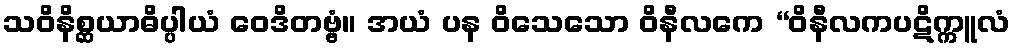
သဝိနိစ္ဆယာဓိပ္ပါယံ ဝေဒိတဗ္ဗံ။ အယံ ပန ဝိသေသော ဝိနီလကေ “ဝိနီလကပဋိက္ကူလံ